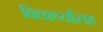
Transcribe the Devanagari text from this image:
विद्यार्थ्यांसह